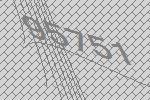
95751